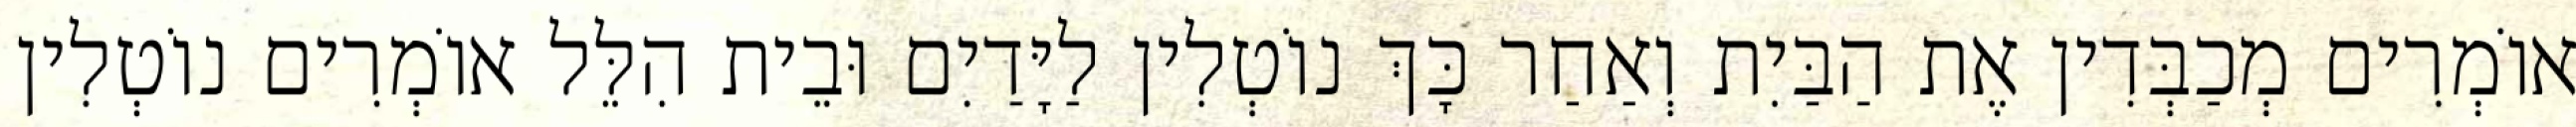
אוֹמְרִים מְכַבְּדִין אֶת הַבַּיִת וְאַחַר כָּךְ נוֹטְלִין לַיָּדַיִם וּבֵית הִלֵּל אוֹמְרִים נוֹטְלִין